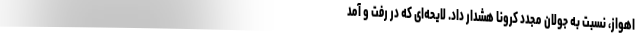
اهواز، نسبت به جولان مجدد کرونا هشدار داد. لایحه‌ای که در رفت و آمد